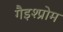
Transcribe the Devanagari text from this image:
गैइश्प्रोम